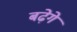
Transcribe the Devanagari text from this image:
बढ़ेगे